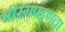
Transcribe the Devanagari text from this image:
श्रीरंगपट्ट्णचा